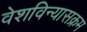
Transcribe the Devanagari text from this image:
वेशविन्यासक्रम